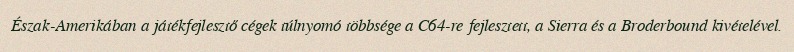
Észak-Amerikában a játékfejlesztő cégek túlnyomó többsége a C64-re fejlesztett, a Sierra és a Broderbound kivételével.